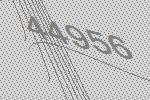
44956